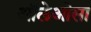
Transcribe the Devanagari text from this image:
ऑलेओसा